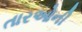
તારઓની